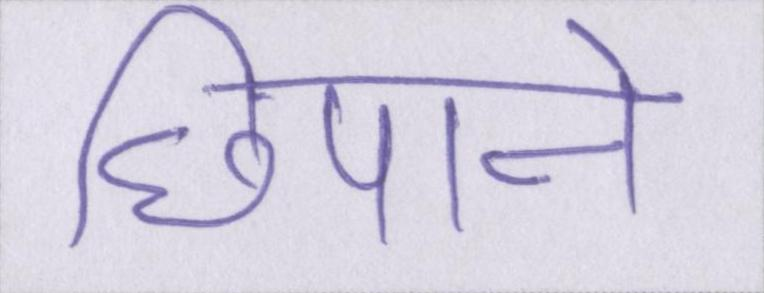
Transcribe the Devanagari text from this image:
छिपाने